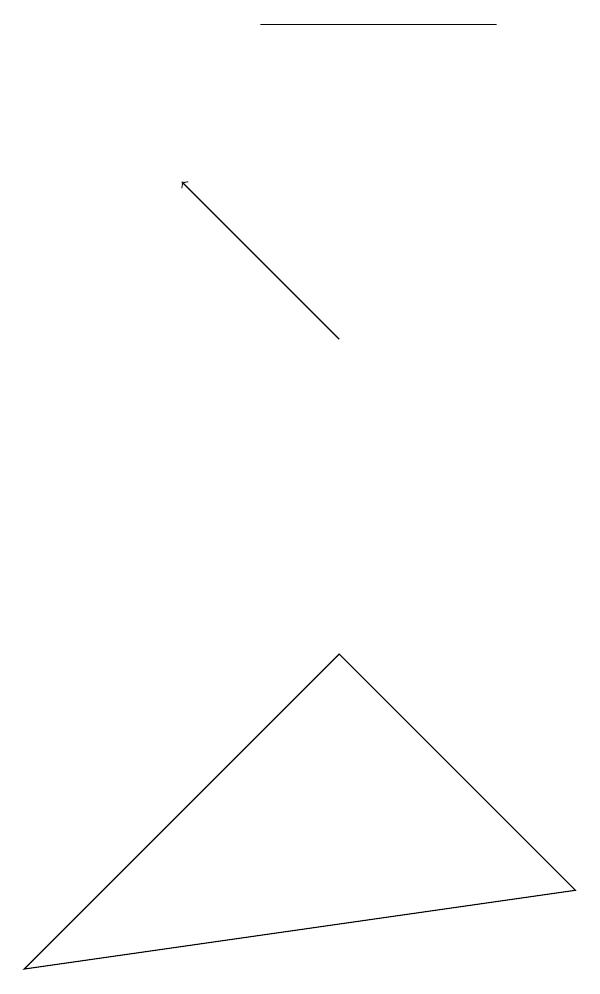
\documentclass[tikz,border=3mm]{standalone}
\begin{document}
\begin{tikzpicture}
\draw (7,4) -- (4,7) -- (0,3) -- cycle;
\draw (6,15) rectangle (3,15);
\draw[->] (4,11) -- (2,13);
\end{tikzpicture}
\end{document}